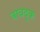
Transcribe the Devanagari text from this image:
बाबदूक